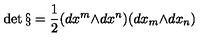
\det { \S } = { \frac { 1 } { 2 } } ( d { x ^ { m } } { \wedge } d { x ^ { n } } ) ( d { x _ { m } } { \wedge } d { x _ { n } } )